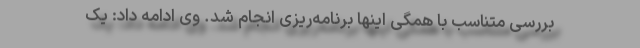
بررسی متناسب با همگی اینها برنامه‌ریزی انجام شد. وی ادامه داد: یک